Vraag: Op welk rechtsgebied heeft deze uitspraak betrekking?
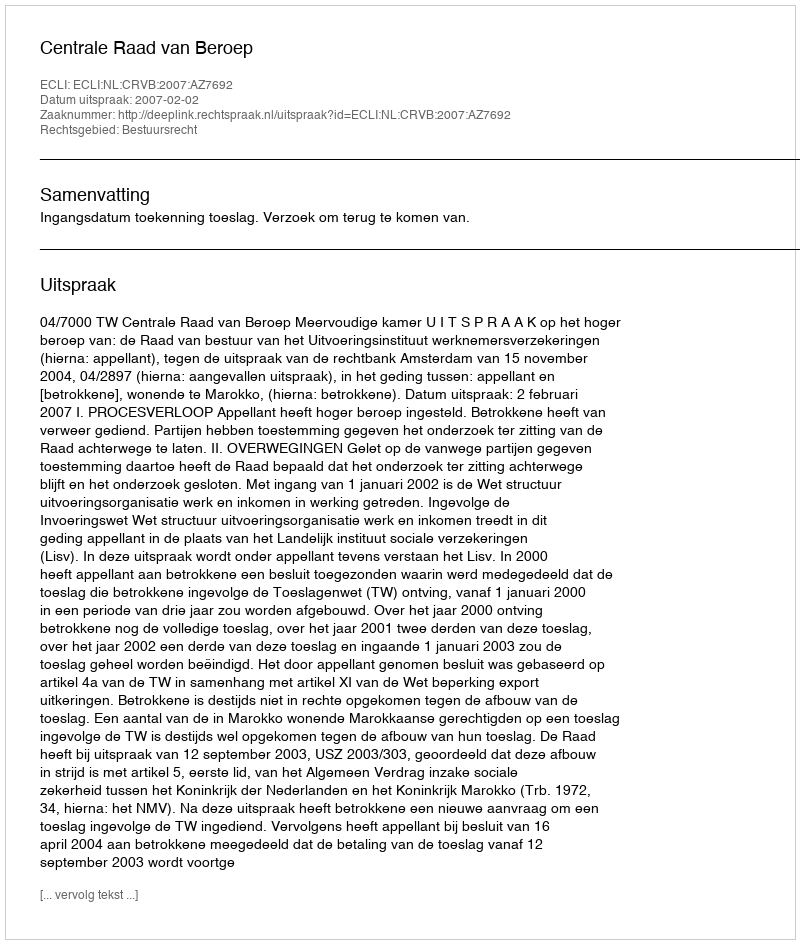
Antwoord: Bestuursrecht